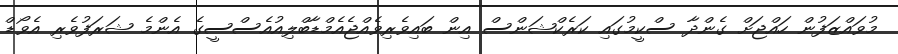
މުވައްޒަފުން ހައްޖަށް ގެންދާ ސްކީމުގައި ކަރެކްޝަންސް އިން ބައިވެރިވެއްޖެއެމްޑާބްލިއުއެސްސީގެ އެންމެ ޝަރަފުވެރި އެވޯޑް